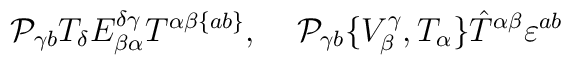
{\cal P}_{\gamma b}T_\delta E^{\delta\gamma}_{\beta\alpha}T^ {\alpha\beta\{ab\}},\;\;\;\;{\cal P}_{\gamma b}\{V^\gamma_\beta,T_\alpha\} \hat{T}^{\alpha\beta}\varepsilon^{ab}